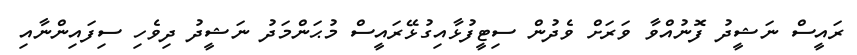
ރައީސް ނަޝީދު ފޮނުއްވާ ވަރަށް ވެދުން ސިޓީފުޅާއިގުޅޭރައީސް މުޙަންމަދު ނަޝީދު ދިވެހި ސިފައިންނާއި